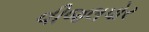
વીજલપોર